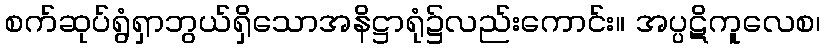
စက်ဆုပ်ရွံရှာဘွယ်ရှိသောအနိဋ္ဌာရုံ၌လည်းကောင်း။ အပ္ပဋိကူလေစ၊